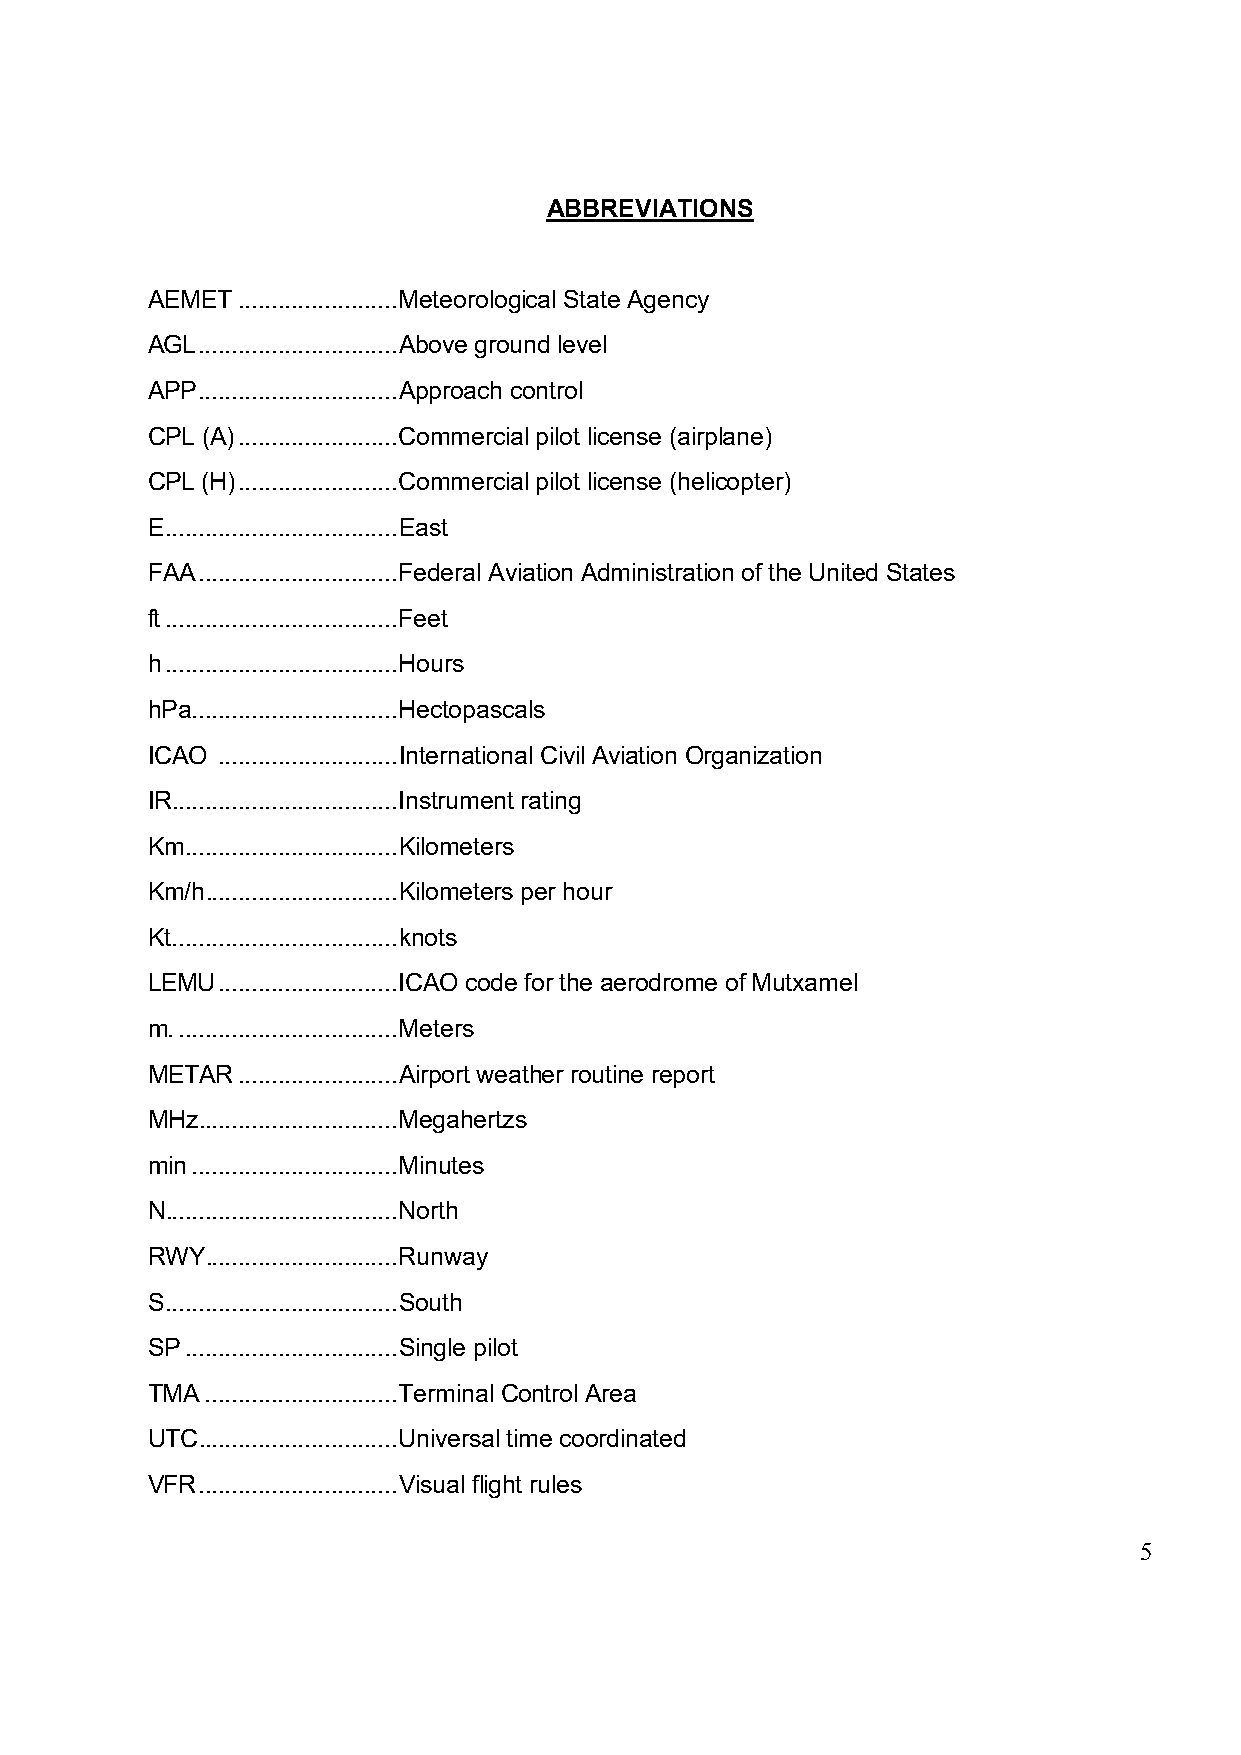
ABBREVIATIONS
 AEMET ........................ Meteorological State Agency
 AGL .............................. Above ground level
 APP .............................. Approach control
 CPL (A) ........................ Commercial pilot license (airplane)
 CPL (H) ........................ Commercial pilot license (helicopter)
 E ................................... East
 FAA .............................. Federal Aviation Administration of the United States
 ft ................................... Feet
 h ................................... Hours
 hPa ............................... Hectopascals
 ICAO ........................... International Civil Aviation Organization
 IR .................................. Instrument rating
 Km ................................ Kilometers
 Km/h ............................. Kilometers per hour
 Kt .................................. knots
 LEMU ........................... ICAO code for the aerodrome of Mutxamel
 m. ................................. Meters
 METAR ........................ Airport weather routine report
 MHz .............................. Megahertzs
 min ............................... Minutes
 N ................................... North
 RWY ............................. Runway
 S ................................... South
 SP ................................ Single pilot
 TMA ............................. Terminal Control Area
 UTC .............................. Universal time coordinated
 VFR .............................. Visual flight rules
 5